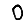
Digit: 0